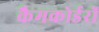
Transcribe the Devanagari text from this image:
कैमकोर्डरों